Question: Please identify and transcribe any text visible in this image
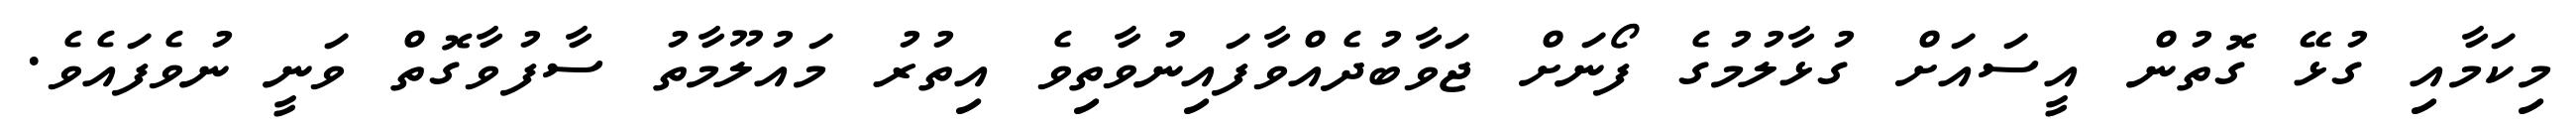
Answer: މިކަމާއި ގުޅޭ ގޮތުން އީސައަށް ގުޅާލުމުގެ ފޯނަށް ޖަވާބުދެއްވާފައިނުވާތިވެ އިތުރު މައުލޫމާތު ސާފުވާގޮތް ވަނީ ނުވެފައެވެ.